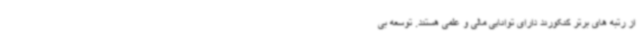
از رتبه های برتر کنکورند دارای توانایی مالی و علمی هستند. توسعه بی